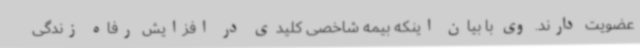
عضویت دارند. وی با بیان اینکه بیمه شاخصی کلیدی در افزایش رفاه زندگی